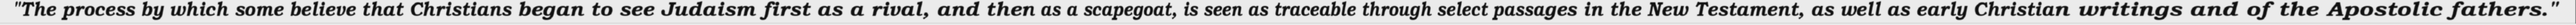
"The process by which some believe that Christians began to see Judaism first as a rival, and then as a scapegoat, is seen as traceable through select passages in the New Testament, as well as early Christian writings and of the Apostolic fathers."